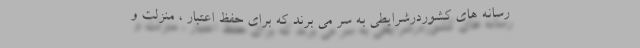
رسانه های کشوردرشرایطی به سر می برند که برای حفظ اعتبار ، منزلت و